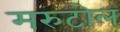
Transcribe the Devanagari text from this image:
मरुटोल